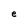
Character: e